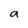
Character: a